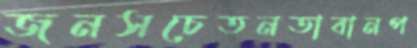
জনসচেতনতাবানপ